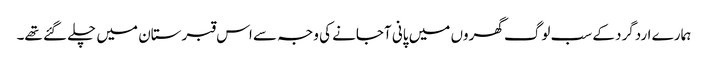
ہمارے اردگرد کے سب لوگ گھروں میں پانی آجانے کی وجہ سے اس قبرستان میں چلے گئے تھے۔